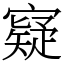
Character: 寲